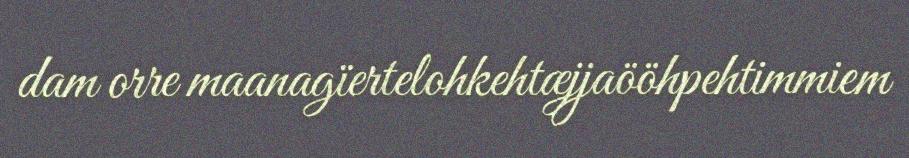
dam orre maanagïertelohkehtæjjaööhpehtimmiem